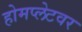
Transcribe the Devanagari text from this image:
होमप्लेटवर